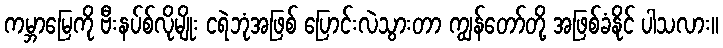
ကမ္ဘာမြေကို ဗီးနပ်စ်လိုမျိုး ငရဲဘုံအဖြစ် ပြောင်းလဲသွားတာ ကျွန်တော်တို့ အဖြစ်ခံနိုင် ပါသလား။